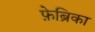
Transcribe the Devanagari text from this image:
फ़ेब्रिका